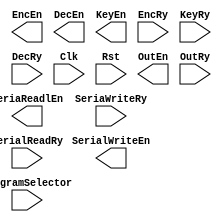
// EASE/HDL begin //////////////////////////////////////////////////////////////
// 
// module 'Controller'.
// 
////////////////////////////////////////////////////////////////////////////////

module Controller (SeriaReadlEn, EncEn, DecEn, KeyEn, SeriaWriteRy, EncRy, 
  KeyRy, DecRy, Clk, Rst, SerialWriteEn, OutEn, OutRy, SerialReadRy, 
  ProgramSelector) ;
  output     SeriaReadlEn;
  output     EncEn;
  output     DecEn;
  output     KeyEn;
  input      SeriaWriteRy;
  input      EncRy;
  input      KeyRy;
  input      DecRy;
  input      Clk;
  input      Rst;
  output     SerialWriteEn;
  output     OutEn;
  input      OutRy;
  input      SerialReadRy;
  input      ProgramSelector;


// EASE/HDL end ////////////////////////////////////////////////////////////////



endmodule // Controller